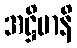
အဋ္ဌိမာနိ